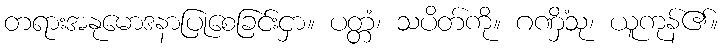
တရားအနုမောဒနာပြုစေခြင်းငှာ။ ပတ္တံ၊ သပိတ်ကို။ ဂဏှိံသု၊ ယူကုန်၏။